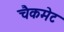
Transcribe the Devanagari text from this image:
चैकमेट